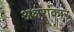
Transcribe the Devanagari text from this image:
अक्षराकार